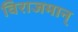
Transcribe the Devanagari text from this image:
विराजमान्‌